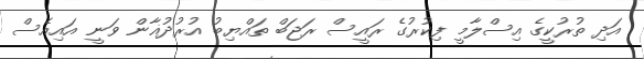
އަދި ތުރުކީގެ އިސްލާމީ ފިކުރުގެ ރައީސް ރަޖަބް ތައްޔިބު އުރުދުޣާން ވަނީ އައިއެސް